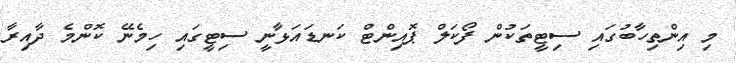
މި އިންތިހާބުގައި ސިޓީތަކުން ފޯކަލް ޕޮއިންޓް ކަނޑައަޅާނީ ސިޓީގައި ހިމެނޭ ކޮންމެ ދާއިރާ